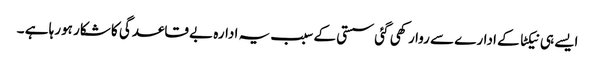
ایسے ہی نیکٹا کے ادارے سے روا رکھی گئی سستی کے سبب یہ ادارہ بے قاعدگی کا شکار ہورہا ہے ۔